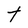
Character: t